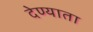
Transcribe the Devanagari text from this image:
देण्याता